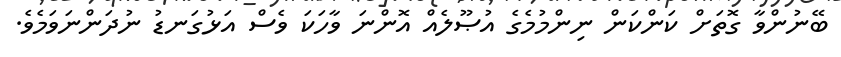
ބޭނުންވާ ގޮތަށް ކަންކަން ނިންމުމެގެ އުޞޫލެއް އޮންނަ ވާހަކަ ވެސް އަޅުގަނޑު ނުދަންނަވަމެވެ.